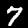
Digit: 7